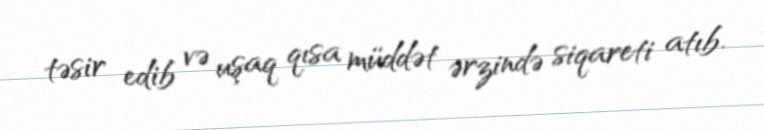
təsir edib və uşaq qısa müddət ərzində siqareti atıb.